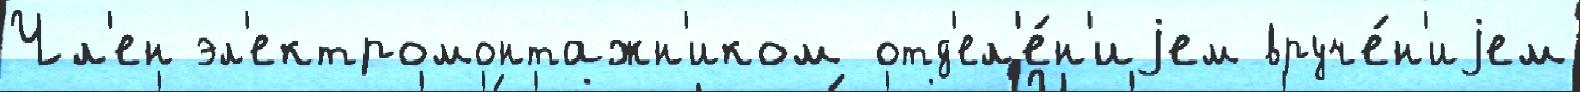
Чл'ен эл'ектромонтажн'иком отд'ел'е́н'иjем вруче́н'иjем